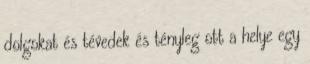
dolgokat és tévedek és tényleg ott a helye egy